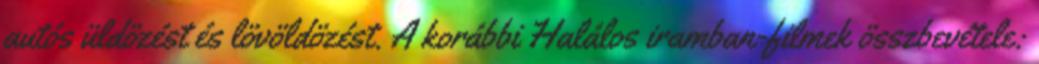
autós üldözést és lövöldözést. A korábbi Halálos iramban-filmek összbevétele: